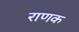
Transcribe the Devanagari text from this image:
राणक